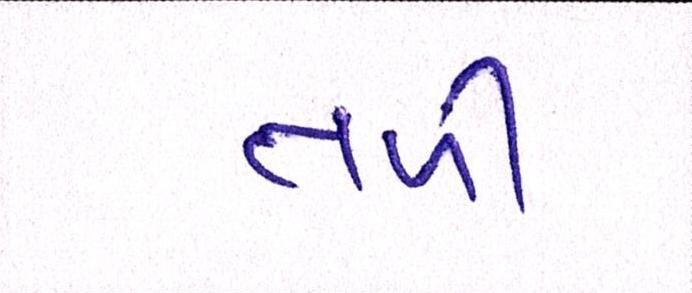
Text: તળી